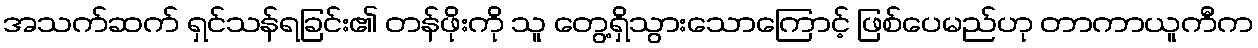
အသက်ဆက် ရှင်သန်ရခြင်း၏ တန်ဖိုးကို သူ တွေ့ရှိသွားသောကြောင့် ဖြစ်ပေမည်ဟု တာကာယူကီက